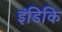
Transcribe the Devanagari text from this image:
इंडिकि